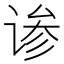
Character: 𬤄